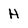
Character: H